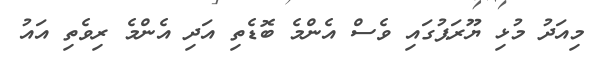
މިއަދު މުޅި ޔޫރަޕުގައި ވެސް އެންމެ ބޮޑެތި އަދި އެންމެ ރިވެތި އައު